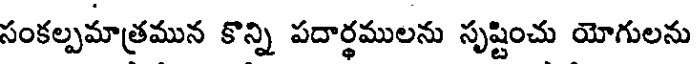
సంకల్పమాత్రమున కొన్ని పదార్థములను సృష్టించు యోగులను